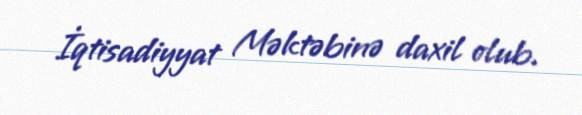
İqtisadiyyat Məktəbinə daxil olub.